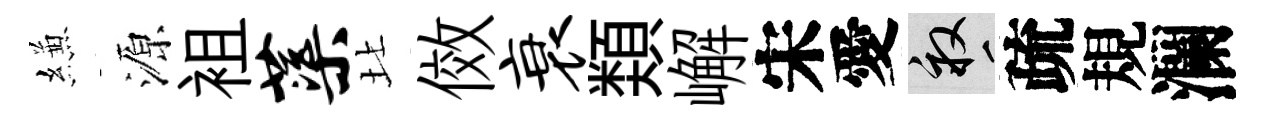
縑源袓蕖北傚衰𩔖嶰宋愛畝疏規瀾